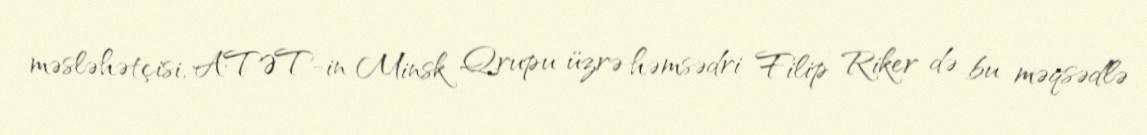
məsləhətçisi, ATƏT-in Minsk Qrupu üzrə həmsədri Filip Riker də bu məqsədlə